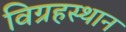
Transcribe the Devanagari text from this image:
विग्रहस्थान